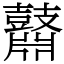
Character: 鼘